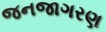
જનજાગરણ